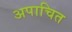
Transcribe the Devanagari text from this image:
अपाचित